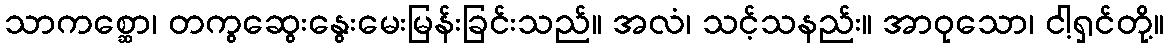
သာကစ္ဆော၊ တကွဆွေးနွေးမေးမြန်းခြင်းသည်။ အလံ၊ သင့်သနည်း။ အာဝုသော၊ ငါ့ရှင်တို့။